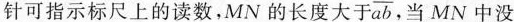
针可指示标尺上的读数，MN的长度大于 \overline{ab} 当MN中没